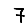
Digit: 7